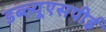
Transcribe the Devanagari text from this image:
डब्ल्यूएसपीई